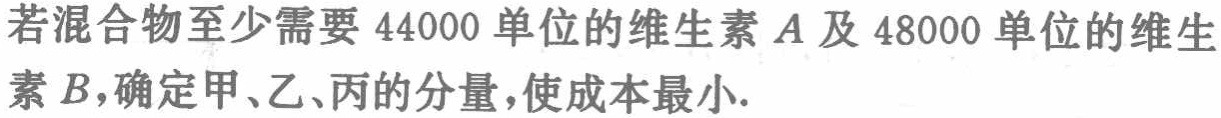
若混合物至少需要 \(44000\) 单位的维生素 \(A\) 及 \(48000\) 单位的维生素 \(B\)，确定甲、乙、丙的分量，使成本最小.